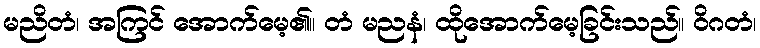
မညိတံ၊ အကြင် အောက်မေ့၏။ တံ မညနံ၊ ထိုအောက်မေ့ခြင်းသည်။ ဝိဂတံ၊